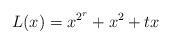
LaTeX: \begin{align*}L(x)=x^{2^r}+x^2+tx\end{align*}